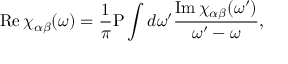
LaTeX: \mathrm { R e } \, \chi _ { \alpha \beta } ( \omega ) = { \frac { 1 } { \pi } } \mathrm { P } \int d \omega ^ { \prime } { \frac { \mathrm { I m } \, \chi _ { \alpha \beta } ( \omega ^ { \prime } ) } { \omega ^ { \prime } - \omega } } ,